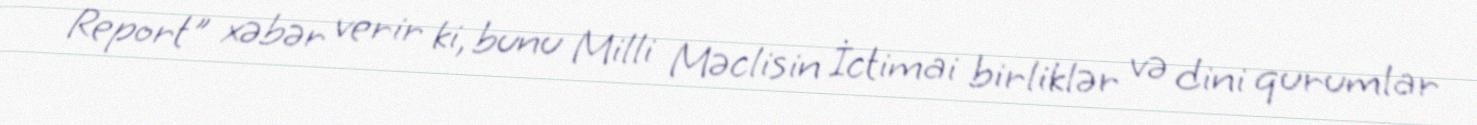
Report" xəbər verir ki, bunu Milli Məclisin İctimai birliklər və dini qurumlar